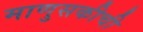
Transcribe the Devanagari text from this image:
माणुसकीची